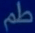
طم